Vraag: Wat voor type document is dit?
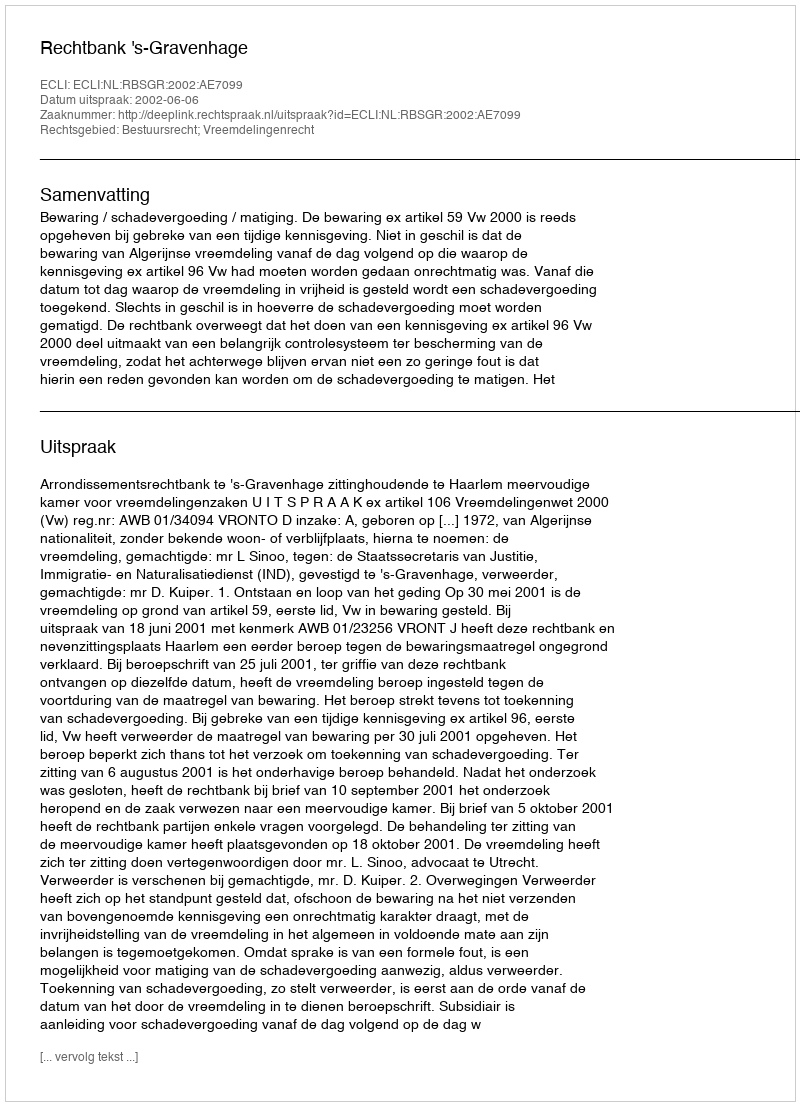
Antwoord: Uitspraak